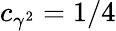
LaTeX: c_{\gamma^{2}}=1/4